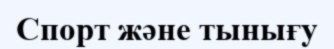
Спорт және тынығу